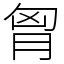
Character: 胷